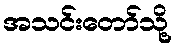
အသင်းတော်သို့